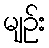
မျဉ်း